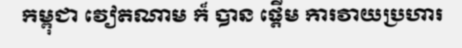
កម្ពុជា វៀតណាម ក៏ បាន ផ្តើម ការវាយប្រហារ